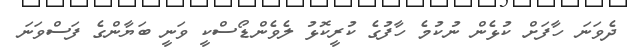
ދެވަނަ ހާފަށް ކުޅެން ނުކުމެ ހާފުގެ ކުރީކޮޅު ލެވެންޑޯސްކީ ވަނީ ބަޔާންގެ ފަސްވަނަ